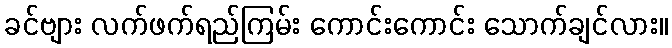
ခင်ဗျား လက်ဖက်ရည်ကြမ်း ကောင်းကောင်း သောက်ချင်လား။